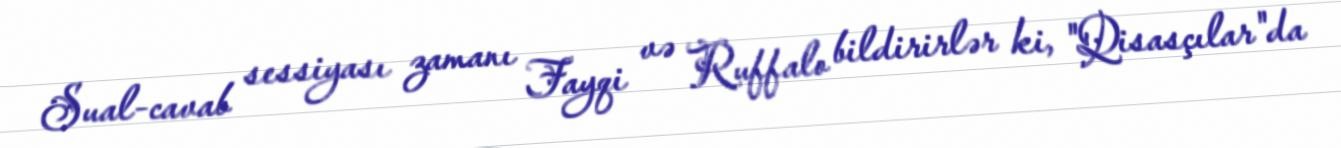
Sual-cavab sessiyası zamanı Fayqi və Ruffalo bildirirlər ki, "Qisasçılar"da